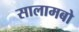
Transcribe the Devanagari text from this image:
सालामबो